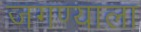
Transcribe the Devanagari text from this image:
जगण्याला